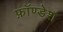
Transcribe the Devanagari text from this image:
फ़ॉण्डेशं